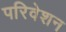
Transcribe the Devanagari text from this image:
परिवेशन